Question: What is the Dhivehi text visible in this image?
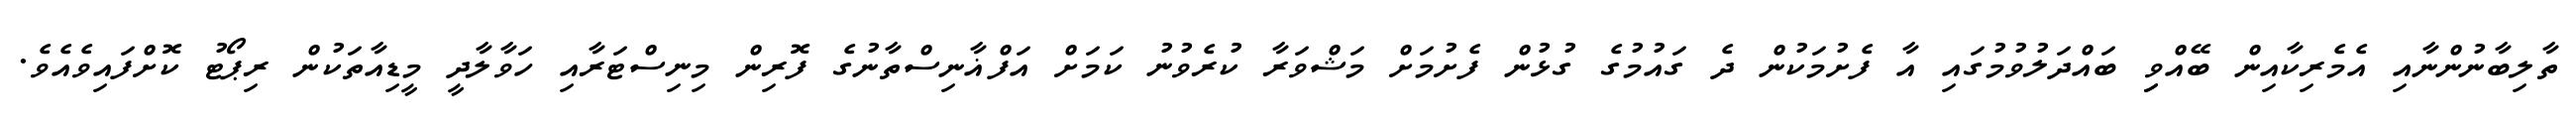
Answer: ތާލިބާނުންނާއި އެމެރިކާއިން ބޭއްވިި ބައްދަލުވުމުގައި އާ ފެށުމަކުން ދެ ގައުމުގެ ގުޅުން ފެށުމަށް މަޝްވަރާ ކުރެވުނު ކަމަށް އަފްޣާނިސްތާނުގެ ފޮރިން މިނިސްޓަރާއި ހަވާލާދީ މީޑިއާތަކުން ރިޕޯޓު ކޮށްފައިވެއެވެ.